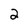
Character: 2